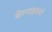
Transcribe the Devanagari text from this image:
बेरनाइसचे